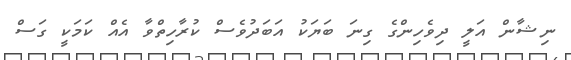
ނިޝާން އަލީ ދިވެހިންގެ ގިނަ ބަޔަކު އަބަދުވެސް ކުރާހިތްވާ އެއް ކަމަކީ ގަސް